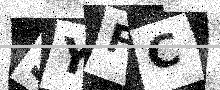
Text: SYFC